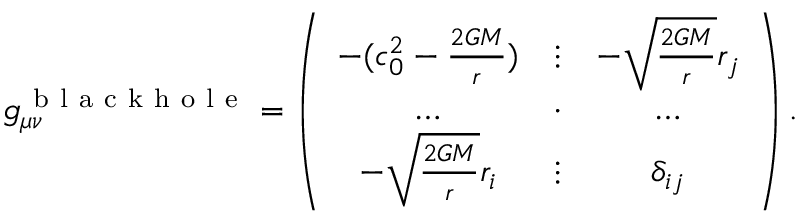
g _ { \mu \nu } ^ { \mathrm { ~ b ~ l ~ a ~ c ~ k ~ h ~ o ~ l ~ e ~ } } = \left( \begin{array} { c c c } { - ( c _ { 0 } ^ { 2 } - \frac { 2 G M } { r } ) } & { \vdots } & { - \sqrt { \frac { 2 G M } { r } } { r _ { j } } } \\ { \ldots } & { \cdot } & { \ldots } \\ { - \sqrt { \frac { 2 G M } { r } } { r _ { i } } } & { \vdots } & { \delta _ { i j } } \end{array} \right) .